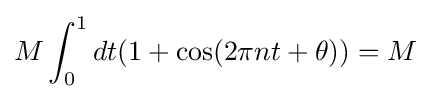
M\int _{0}^{1}dt(1+\cos(2\pi nt+\theta ))=M